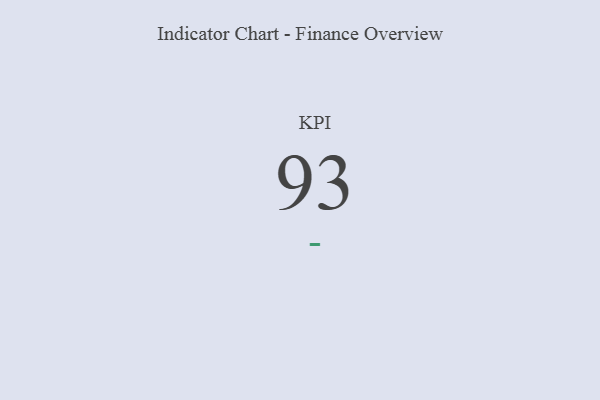
{"axis": {"x": "KPI", "y": "Value"}, "legend": [""], "data": [{"x": "KPI", "y": 93, "type": ""}]}